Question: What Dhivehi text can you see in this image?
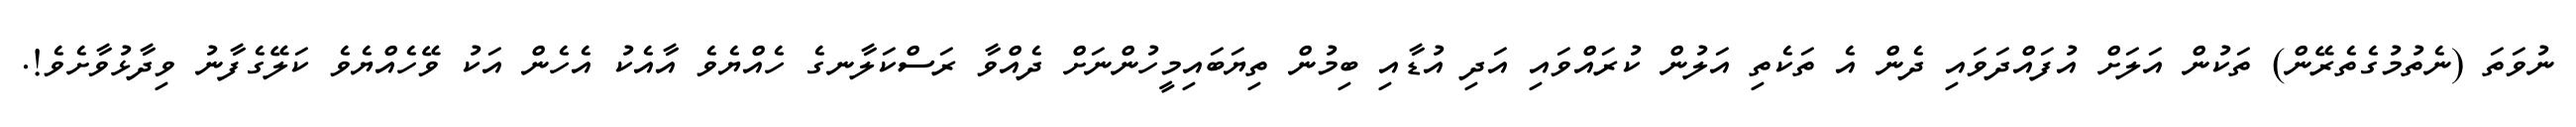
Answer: ނުވަތަ (ނެތުމުގެތެރޭން) ތަކުން އަލަށް އުފައްދަވައި ދެން އެ ތަކެތި އަލުން ކުރައްވައި އަދި އުޑާއި ބިމުން ތިޔަބައިމީހުންނަށް ދެއްވާ ރަސްކަލާނގެ ހެއްޔެވެ އާއެކު އެހެން އަކު ވޭހެއްޔެވެ ކަލޭގެފާނު ވިދާޅުވާށެވެ!.